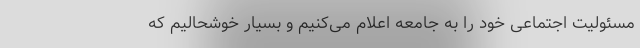
مسئولیت اجتماعی خود را به جامعه اعلام می‌کنیم و بسیار خوشحالیم که